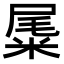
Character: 𥹹